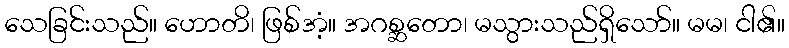
သေခြင်းသည်။ ဟောတိ၊ ဖြစ်အံ့။ အဂစ္ဆတော၊ မသွားသည်ရှိသော်။ မမ၊ ငါ၏။